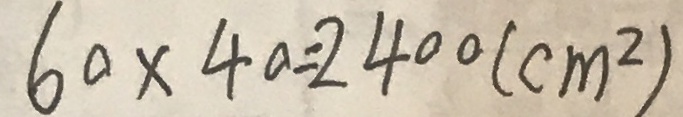
6 0 \times 4 0 = 2 4 0 0 ( c m ^ { 2 } )